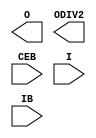
// $Header: /devl/xcs/repo/env/Databases/CAEInterfaces/xec_libs/data/unisims/IBUFDS_GTXE1.v,v 1.3 2009/08/22 00:32:34 harikr Exp $
///////////////////////////////////////////////////////////////////////////////
// Copyright (c) 1995/2009 Xilinx, Inc.
// All Right Reserved.
///////////////////////////////////////////////////////////////////////////////
//   ____  ____
//  /   /\/   /
// /___/  \  /    Vendor : Xilinx
// \   \   \/     Version : 11.1i (L.11)
//  \   \         Description : Xilinx Formal Library Component
//  /   /
// /___/   /\     Filename : IBUFDS_GTXE1.v
// \   \  /  \    Timestamp :
//  \___\/\___\
//
// Revision:
//    04/28/09 - Initial version.
// End Revision

`timescale  1 ps / 1 ps

module IBUFDS_GTXE1 (O, ODIV2, CEB, I, IB);


    parameter CLKCM_CFG = "TRUE";
    parameter CLKRCV_TRST = "TRUE";
    parameter [9:0] REFCLKOUT_DLY = 10'b0000000000;

    output O; 
    output ODIV2; 

    input CEB; 
    input I; 
    input IB; 

endmodule // IBUFDS_GTXE1